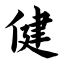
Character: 健